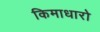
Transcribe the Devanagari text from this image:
किमाधारो